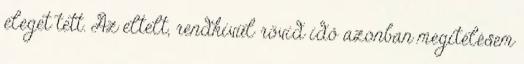
eleget tett. Az eltelt, rendkívül rövid idő azonban megítélésem